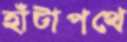
হাঁটাপথে